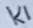
Text: K1